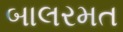
બાલરમત